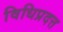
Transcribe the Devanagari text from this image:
विधिप्रदत्त